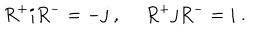
R ^ { + } i R ^ { - } = - j ~ , ~ ~ R ^ { + } j R ^ { - } = i ~ .